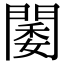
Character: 𨵋